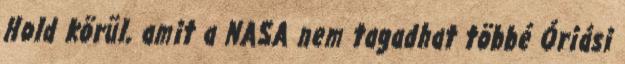
Hold körül, amit a NASA nem tagadhat többé Óriási